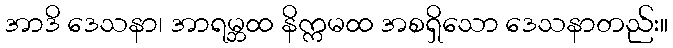
အာဒိ ဒေသနာ၊ အာရမ္ဘထ နိက္ကမထ အစရှိသော ဒေသနာတည်း။